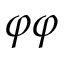
\varphi \varphi